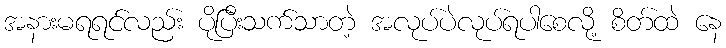
အနားမရရင်လည်း ပိုပြီးသက်သာတဲ့ အလုပ်ပဲလုပ်ရပါစေလို့ စိတ်ထဲ နေ